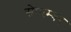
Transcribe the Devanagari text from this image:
सेपत्म्बर